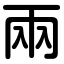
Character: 兩